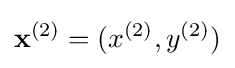
\mathbf {x} ^{(2)}=(x^{(2)},y^{(2)})